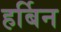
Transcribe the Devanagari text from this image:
हर्बिन